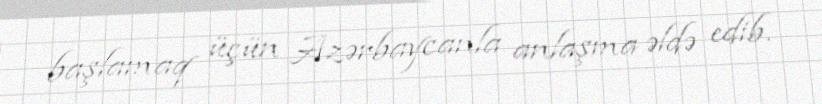
başlamaq üçün Azərbaycanla anlaşma əldə edib.